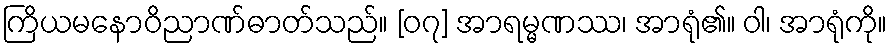
ကြိယမနောဝိညာဏ်ဓာတ်သည်။ [၀၇] အာရမ္မဏဿ၊ အာရုံ၏။ ဝါ၊ အာရုံကို။